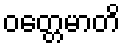
ဝတ္တေမာတိ